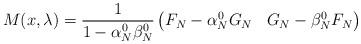
LaTeX: \begin{align*}M(x,\lambda)= \frac{1}{1-\alpha_N^0\beta_N^0}\begin{pmatrix}F_N-\alpha_N^0G_N & G_N-\beta_N^0F_N \end{pmatrix}\end{align*}